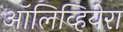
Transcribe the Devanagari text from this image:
ऑलिव्हियेरा